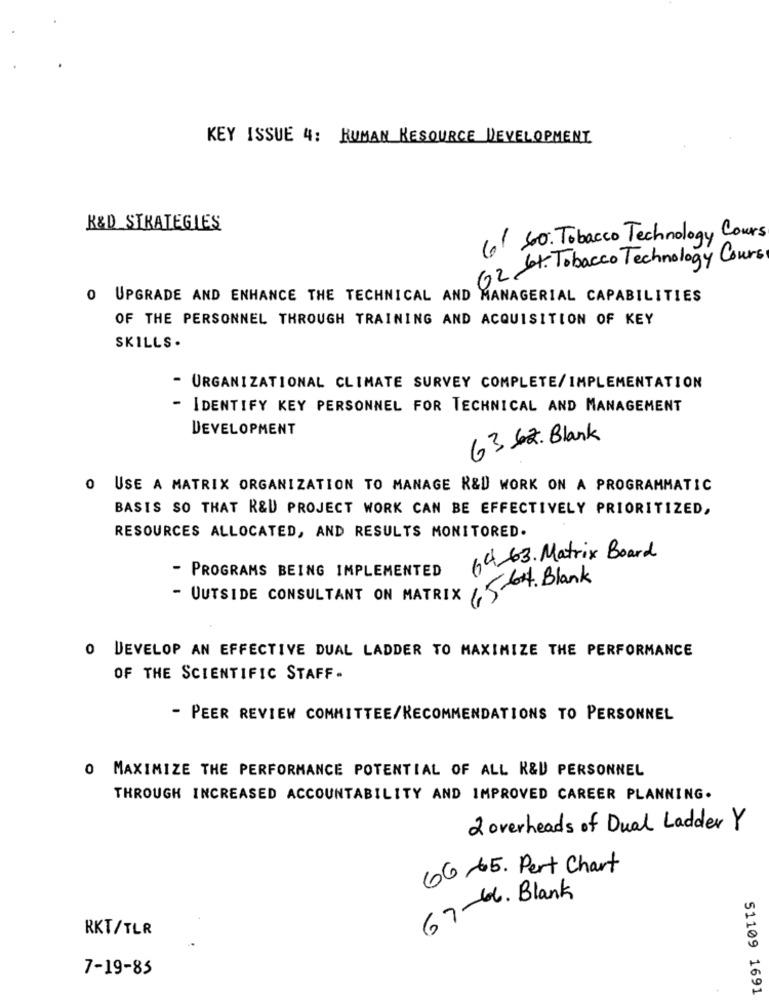
KEY ISSUE 4: HUMAN RESOURCE DEVELOPMENT
K&D STRATEGIES
6 50. Tobacco Technology Cours
62 St. Tobacco Technology Cours
0
UPGRADE AND ENHANCE THE TECHNICAL AND MANAGERIAL CAPABILITIES
OF THE PERSONNEL THROUGH TRAINING AND ACQUISITION OF KEY
SKILLS .
- ORGANIZATIONAL CLIMATE SURVEY COMPLETE/IMPLEMENTATION
- IDENTIFY KEY PERSONNEL FOR TECHNICAL AND MANAGEMENT
DEVELOPMENT
6362. Blank
0 USE A MATRIX ORGANIZATION TO MANAGE R&D WORK ON A PROGRAMMATIC
BASIS SO THAT R&D PROJECT WORK CAN BE EFFECTIVELY PRIORITIZED,
RESOURCES ALLOCATED, AND RESULTS MONITORED.
64-63. Matrix Board
- PROGRAMS BEING IMPLEMENTED
64. Blank
- OUTSIDE CONSULTANT ON MATRIX
O DEVELOP AN EFFECTIVE DUAL LADDER TO MAXIMIZE THE PERFORMANCE
OF THE SCIENTIFIC STAFF-
- PEER REVIEW COMMITTEE/RECOMMENDATIONS TO PERSONNEL
O MAXIMIZE THE PERFORMANCE POTENTIAL OF ALL K&U PERSONNEL
THROUGH INCREASED ACCOUNTABILITY AND IMPROVED CAREER PLANNING.
2 overheads of Dual Ladder Y
66-65. Pert Chart
67-66. Blank
RKT/TLR
7-19-85
S1109 1691